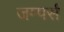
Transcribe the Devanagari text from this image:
जम्पर्स